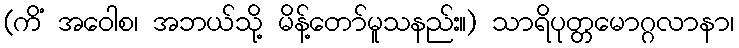
(ကိံ အဝေါစ၊ အဘယ်သို့ မိန့်တော်မူသနည်း။) သာရိပုတ္တမောဂ္ဂလာနာ၊